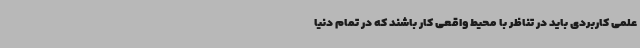
علمی کاربردی باید در تناظر با محیط واقعی کار باشند که در تمام دنیا